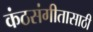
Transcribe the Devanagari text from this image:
कंठसंगीतासाठी